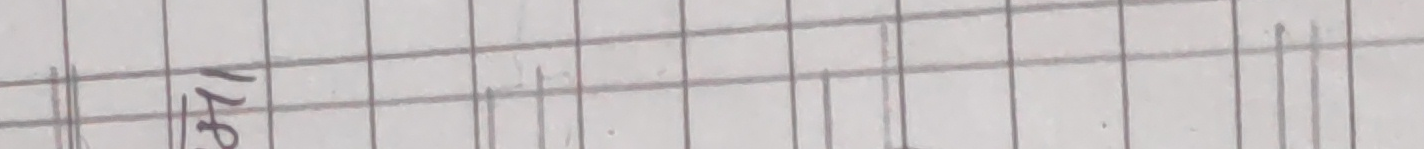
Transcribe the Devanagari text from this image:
१५